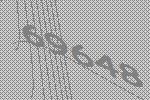
69648